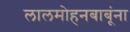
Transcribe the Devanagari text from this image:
लालमोहनबाबूंना